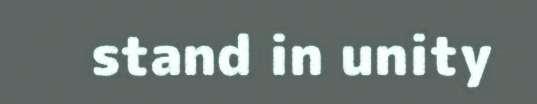
stand in unity